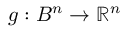
g : B ^ { n } \to \mathbb { R } ^ { n }